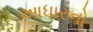
આધારનો